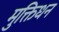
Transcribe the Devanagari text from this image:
मुक्तिधन